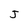
Character: J